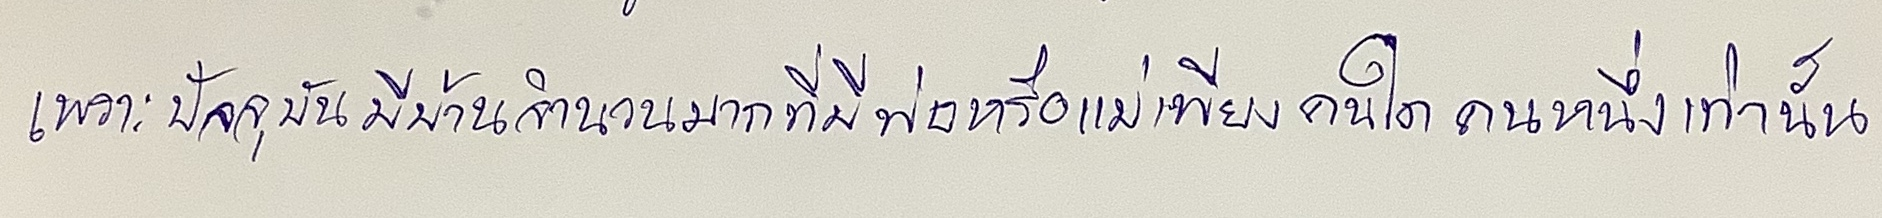
เพราะปัจจุบันมีบ้านจำนวนมากที่มีพ่อหรือแม่เพียงคนใดคนหนึ่งเท่านั้น